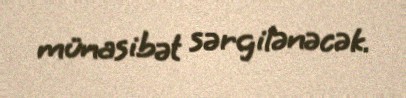
münasibət sərgilənəcək.